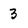
Character: 3